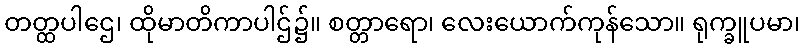
တတ္ထပါဌေ၊ ထိုမာတိကာပါဌ်၌။ စတ္တာရော၊ လေးယောက်ကုန်သော။ ရုက္ခူပမာ၊